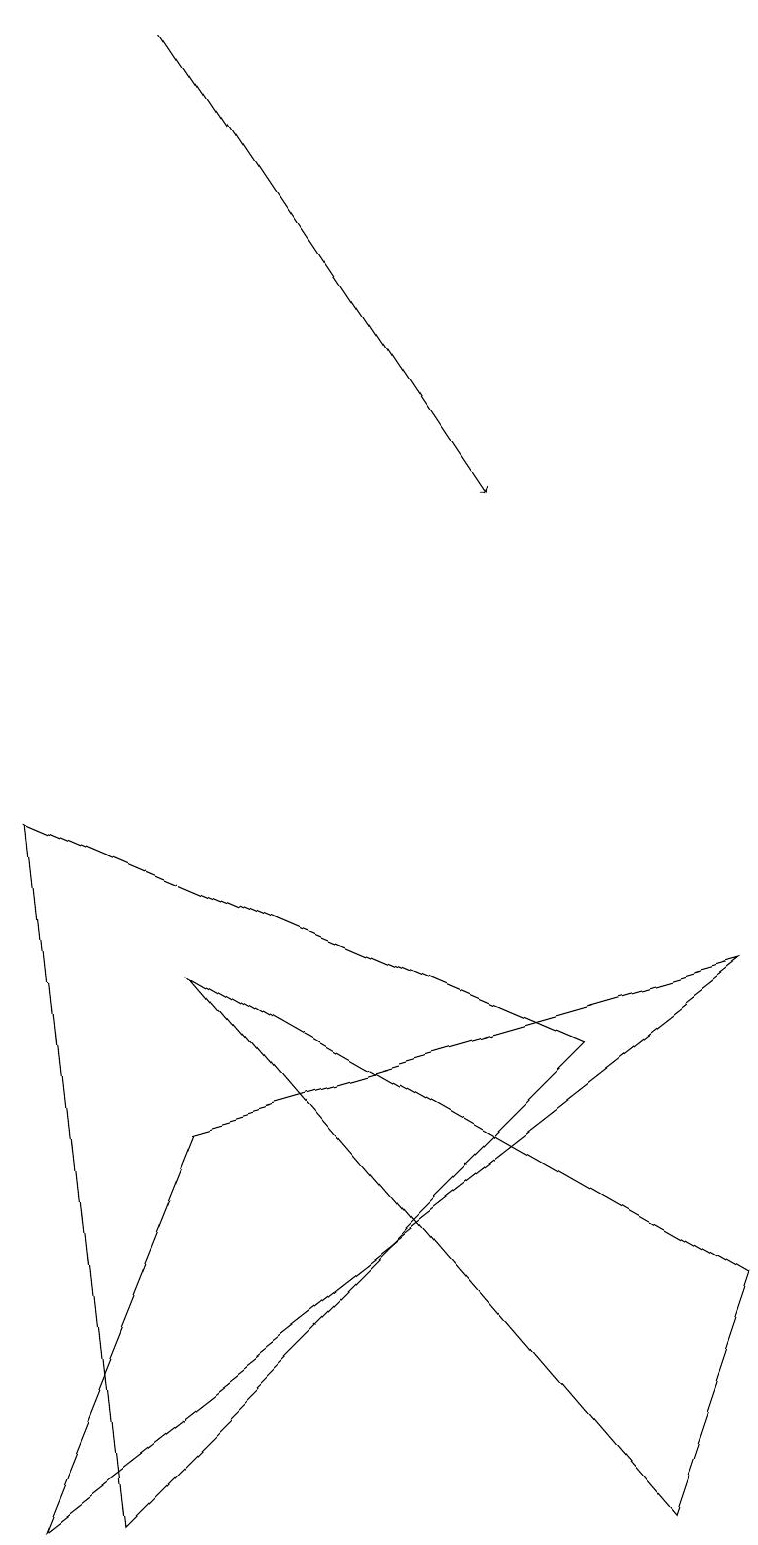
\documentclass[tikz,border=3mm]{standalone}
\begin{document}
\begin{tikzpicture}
\draw (9,3) -- (2,7) -- (8,0) -- cycle;
\draw (0,9) -- (7,6) -- (1,0) -- cycle;
\draw (2,5) -- (9,7) -- (0,0) -- cycle;
\draw[->] (2,19) -- (6,13);
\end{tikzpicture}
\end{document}